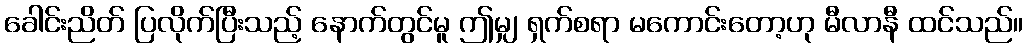
ခေါင်းညိတ် ပြလိုက်ပြီးသည့် နောက်တွင်မူ ဤမျှ ရှက်စရာ မကောင်းတော့ဟု မီလာနီ ထင်သည်။